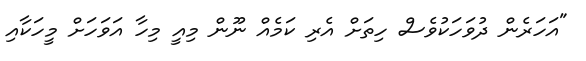
"އަހަރެން ދުވަހަކުވެސް ހިތަށް އެރި ކަމެއް ނޫން މިއީ މިހާ އަވަހަށް މީހަކާއި